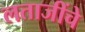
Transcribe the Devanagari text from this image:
लताजींचे